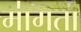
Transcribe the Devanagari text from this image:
मा॑गता